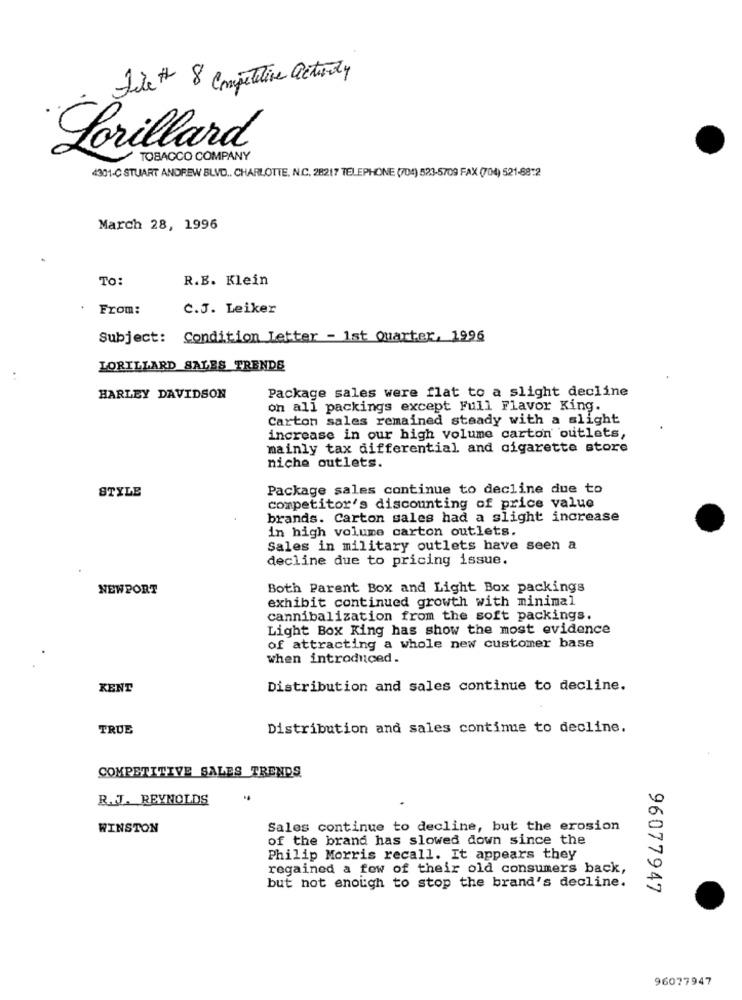
File # 8 Competitive activity
Lorillard
TOBACCO COMPANY
4301-C STUART ANDREW BLVD ., CHARLOTTE, N.C. 28217 TELEPHONE (704) 523-5709 FAX (704) 521-8872
March 28, 1996
To:
R.B. Klein
From:
C.J. Leiker
Subject: Condition Letter - 1st Quarter, 1996
LORILLARD SALES TRENDS
Package sales were flat to a slight decline
HARLEY DAVIDSON
on all packings except Full Flavor King.
Carton sales remained steady with a slight
increase in our high volume carton outlets,
mainly tax differential and cigarette store
niche outlets.
STYLE
Package sales continue to decline due to
competitor's discounting of price value
brands. Carton sales had a slight increase
in high volume carton outlets.
Sales in military outlets have seen a
decline due to pricing issue.
NEWPORT
Both Parent Box and Light Box packings
exhibit continued growth with minimal
cannibalization from the soft packings.
Light Box King has show the most evidence
of attracting a whole new customer base
when introduced.
KENT
Distribution and sales continue to decline.
TRUE
Distribution and sales continue to decline.
COMPETITIVE SALES TRENDS
R. J. REYNOLDS
WINSTON
Sales continue to decline, but the erosion
of the brand has slowed down since the
Philip Morris recall. It appears they
regained a few of their old consumers back,
but not enough to stop the brand's decline.
96077947
96077947